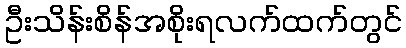
ဦးသိန်းစိန်အစိုးရလက်ထက်တွင်